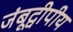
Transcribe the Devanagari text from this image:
जंबूद्वीपीय